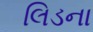
લિડના